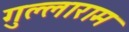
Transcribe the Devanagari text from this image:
गुल्लाराम